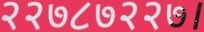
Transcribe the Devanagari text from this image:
२२७८७२२७।